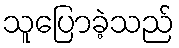
သူပြောခဲ့သည်